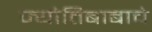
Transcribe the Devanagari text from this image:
ज्योतिबाबाचे